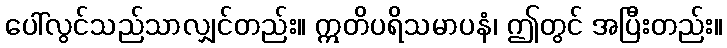
ပေါ်လွင်သည်သာလျှင်တည်း။ ဣတိပရိသမာပနံ၊ ဤတွင် အပြီးတည်း။